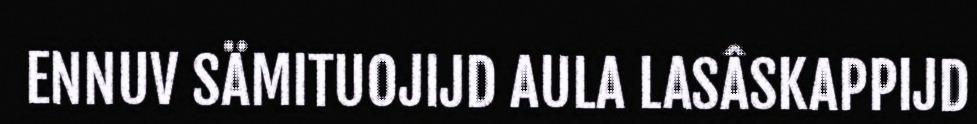
ENNUV SÄMITUOJIJD AULA LASÂSKAPPIJD